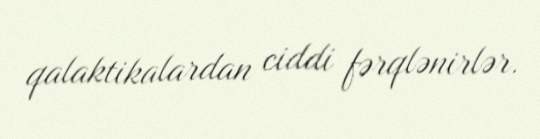
qalaktikalardan ciddi fərqlənirlər.